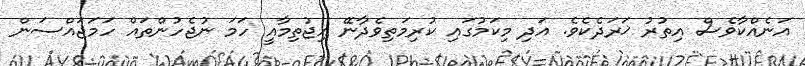
އަނެއްކާވެސް އިތުރު ޚަރަދެކެވެ. އަދި މިކަމުގައި ކުރިމަތިވެދާނޭ އިޖުތިމާއީ ހަމަ ނުޖެހުންތައް ހަމަޖައްސަން